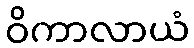
ဝိကာလာယံ